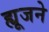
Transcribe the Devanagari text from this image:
ह्यूजने